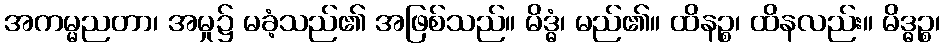
အကမ္မညတာ၊ အမှု၌ မခံ့သည်၏ အဖြစ်သည်။ မိဒ္ဓံ၊ မည်၏။ ထိနဉ္စ၊ ထိနလည်း။ မိဒ္ဓဉ္စ၊